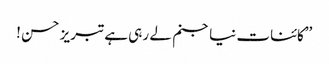
’’کائنات نیا جنم لے رہی ہے تبریز حسن !